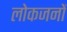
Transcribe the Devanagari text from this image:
लोकजनों